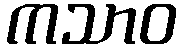
ကသာဝ